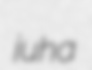
juha